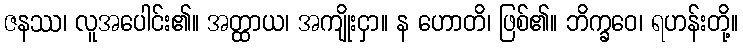
ဇနဿ၊ လူအပေါင်း၏။ အတ္ထာယ၊ အကျိုးငှာ။ န ဟောတိ၊ ဖြစ်၏။ ဘိက္ခဝေ၊ ရဟန်းတို့။